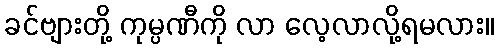
ခင်ဗျားတို့ ကုမ္ပဏီကို လာ လေ့လာလို့ရမလား။